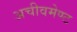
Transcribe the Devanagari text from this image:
अचीवमेण्ट